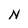
Character: N